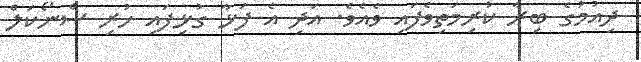
ދިއުމުގެ ބިރާ ކުރިމަތިވެފައި ވެއެވެ. އަދި އެ ފަޅާ ގުޅިފައި ހުރި ސްނޯކަލް